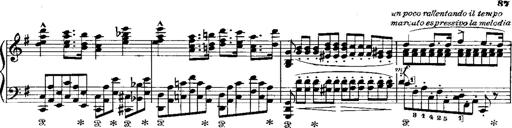
Title: RÃ©miniscences de Norma de Bellini
Composer: Franz Liszt